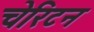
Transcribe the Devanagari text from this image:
चेरिटन